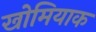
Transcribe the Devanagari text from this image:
खोमियाक